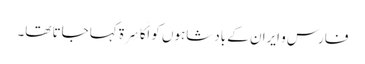
فارس و ایران کے بادشاہوں کو اَکَاسِرَۃ کہا جاتا تھا۔